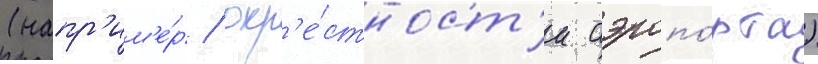
(напр'им'е́р / окр'е́стност'и аэропо́рта)